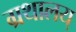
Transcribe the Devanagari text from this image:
ग्रथालय्